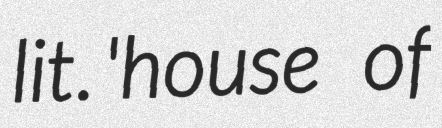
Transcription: lit. 'house of